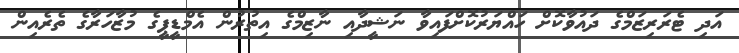
އަދި ޓެރަރިޒަމްގެ ދައުވާކޮށް ހައްޔަރުކޮށްފައިވާ ނަޝީދާއި ނާޒިމްގެ އިތުރުން އެމްޑީޕީގެ މުޒާހަރާގެ ތެރެއިން